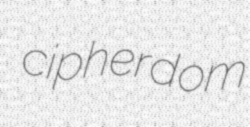
cipherdom